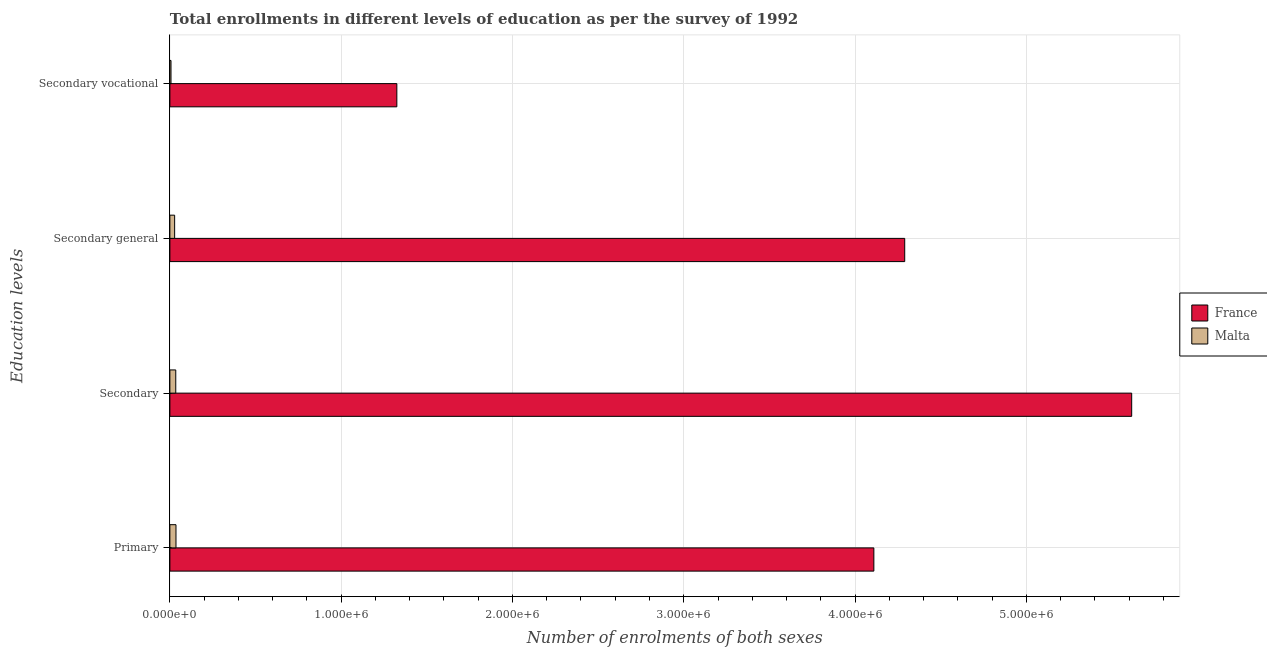
| Education levels | France | Malta |
 | --- | --- | --- |
 | Primary | 4.11e+06 | 3.56e+04 |
 | Secondary | 5.61e+06 | 3.44e+04 |
 | Secondary general | 4.29e+06 | 2.78e+04 |
 | Secondary vocational | 1.33e+06 | 6.56e+03 |